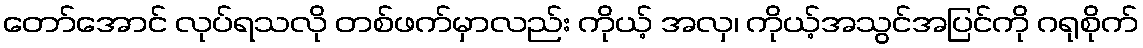
တော်အောင် လုပ်ရသလို တစ်ဖက်မှာလည်း ကိုယ့် အလှ၊ ကိုယ့်အသွင်အပြင်ကို ဂရုစိုက်